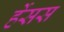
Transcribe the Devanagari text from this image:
र्हेसस